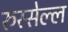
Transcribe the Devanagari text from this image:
रुस्सेल्ल